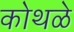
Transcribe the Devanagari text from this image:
कोथळे